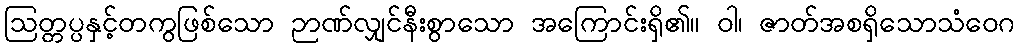
ဩတ္တပ္ပနှင့်တကွဖြစ်သော ဉာဏ်လျှင်နီးစွာသော အကြောင်းရှိ၏။ ဝါ၊ ဇာတ်အစရှိသောသံဝေဂ